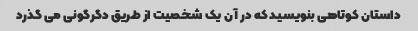
داستان کوتاهی بنویسید که در آن یک شخصیت از طریق دگرگونی می گذرد